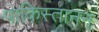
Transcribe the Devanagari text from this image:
पाकिस्तानन